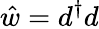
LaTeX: \hat{w}=d^{\dagger}d